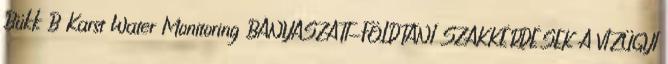
Bükk B Karst Water Monitoring BÁNYÁSZATI-FÖLDTANI SZAKKÉRDÉSEK A VÍZÜGYI